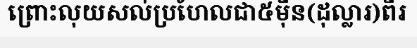
ព្រោះលុយសល់ប្រហែលជា៥ម៉ឺន(ដុល្លារ)ពីរ